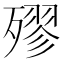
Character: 𣩍